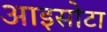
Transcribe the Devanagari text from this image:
आइसोटा